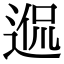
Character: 𨓲